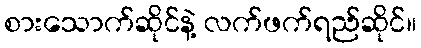
စားသောက်ဆိုင်နဲ့ လက်ဖက်ရည်ဆိုင်။